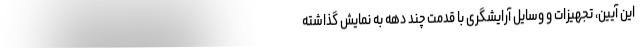
این آیین، تجهیزات و وسایل آرایشگری با قدمت چند دهه به نمایش گذاشته